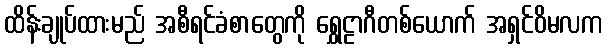
ထိန်းချုပ်ထားမည် အစီရင်ခံစာတွေကို ရွှေဠာဂီတစ်ယောက် အရှင်ဝိမလက